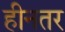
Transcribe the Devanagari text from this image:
हीनतर